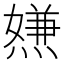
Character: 𤍻